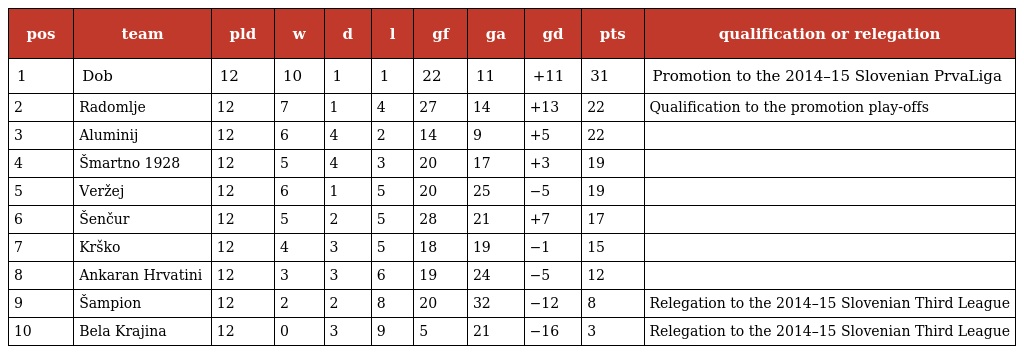
| pos | team | pld | w | d | l | gf | ga | gd | pts | qualification or relegation |
 | --- | --- | --- | --- | --- | --- | --- | --- | --- | --- | --- |
 | 1 | Dob | 12 | 10 | 1 | 1 | 22 | 11 | +11 | 31 | Promotion to the 2014–15 Slovenian PrvaLiga |
 | 2 | Radomlje | 12 | 7 | 1 | 4 | 27 | 14 | +13 | 22 | Qualification to the promotion play-offs |
 | 3 | Aluminij | 12 | 6 | 4 | 2 | 14 | 9 | +5 | 22 |  |
 | 4 | Šmartno 1928 | 12 | 5 | 4 | 3 | 20 | 17 | +3 | 19 |  |
 | 5 | Veržej | 12 | 6 | 1 | 5 | 20 | 25 | −5 | 19 |  |
 | 6 | Šenčur | 12 | 5 | 2 | 5 | 28 | 21 | +7 | 17 |  |
 | 7 | Krško | 12 | 4 | 3 | 5 | 18 | 19 | −1 | 15 |  |
 | 8 | Ankaran Hrvatini | 12 | 3 | 3 | 6 | 19 | 24 | −5 | 12 |  |
 | 9 | Šampion | 12 | 2 | 2 | 8 | 20 | 32 | −12 | 8 | Relegation to the 2014–15 Slovenian Third League |
 | 10 | Bela Krajina | 12 | 0 | 3 | 9 | 5 | 21 | −16 | 3 | Relegation to the 2014–15 Slovenian Third League |